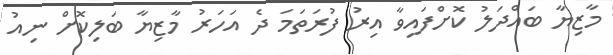
މާޒިޔާ ބައްދަލު ކޮށްފައިވާ އިރު ފުރަތަމަ ދެ އަހަރު މާޒިޔާ ބަލިކޮށް ނިއު